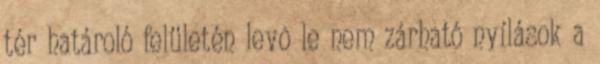
tér határoló felületén levõ le nem zárható nyílások a